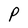
Character: P